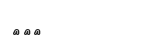
١١٨